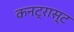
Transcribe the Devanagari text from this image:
कनट्रास्ट